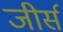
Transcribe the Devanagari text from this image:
जीर्स